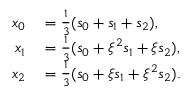
\begin{array} { r l } { x _ { 0 } } & { { } = { \frac { 1 } { 3 } } ( s _ { 0 } + s _ { 1 } + s _ { 2 } ) , } \\ { x _ { 1 } } & { { } = { \frac { 1 } { 3 } } ( s _ { 0 } + \xi ^ { 2 } s _ { 1 } + \xi s _ { 2 } ) , } \\ { x _ { 2 } } & { { } = { \frac { 1 } { 3 } } ( s _ { 0 } + \xi s _ { 1 } + \xi ^ { 2 } s _ { 2 } ) . } \end{array}